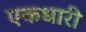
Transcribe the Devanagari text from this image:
एकधारी